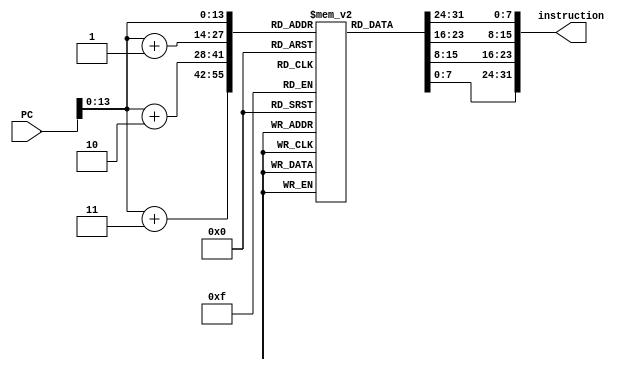
module instructionMemory(instruction, PC);

	integer j;
	input [31:0]PC;
	output [31:0]instruction;
	reg [7:0] mem [16383:0];
	wire [31:0]instruction;
	initial begin
			// SOME softwares would have a 5000 limit on for loop.
			// You can break this into multiple loops or initialize several locations in parallel
			for (j = 0; j<16384; j = j + 1)   // 16 K Memory
				begin
					mem[j] <= 8'b0;
				end		
				
			// ******************************************************	
			///Test Case 1: Load Operations 
			// ****************************************************** 
			//lw $t0 0($0)
			//lw $t1,4($0)
			//lw $t2,8($0)
			//lw $t3,12($0)
			//lw $t4,16($0)
			//lw $t5,20($0)
			//lw $t6,24($0)
			//lw $t7,28($0)
			
				
			mem[100] <= 'h48;
			mem[101] <= 'h08;
			mem[102] <= 'h00;
			mem[103] <= 'h00;
			
			mem[104] <= 'h48;
			mem[105] <= 'h09;
			mem[106] <= 'h00;
			mem[107] <= 'h04;
			
			mem[108] <= 'h48;
			mem[109] <= 'h0a;
			mem[110] <= 'h00;
			mem[111] <= 'h08;
			
			mem[112] <= 'h48;
			mem[113] <= 'h0b;
			mem[114] <= 'h00;
			mem[115] <= 'h0c;
			
			mem[116] <= 'h48;
			mem[117] <= 'h0c;
			mem[118] <= 'h00;
			mem[119] <= 'h10;
			
			mem[120] <= 'h48;
			mem[121] <= 'h0d;
			mem[122] <= 'h00;
			mem[123] <= 'h14;
			
			mem[124] <= 'h48;
			mem[125] <= 'h0e;
			mem[126] <= 'h00;
			mem[127] <= 'h18;
			
			mem[128] <= 'h48;
			mem[129] <= 'h0f;
			mem[130] <= 'h00;
			mem[131] <= 'h1c;
			
			// ******************************************************	
			///Test Case 2: Arithematic operations - No Forwarding
			// ****************************************************** 
			//addi $s1,$0,5 s1 = 5
			//addi $s2,$0,10 s2 = 10
			//addi $s3,$0,3 s3 = 3
			//addi $s4,$0,2	s4 = 2
			//add  $s5,$s1,$s2 s5 = 5 + 10 = 15
			//sub  $s6,$s1,$s3 s6 = 3 - 5 = 2
			mem[200] <= 'h24;
			mem[201] <= 'h13;
			mem[202] <= 'h00;
			mem[203] <= 'h05;
			
			mem[204] <= 'h24;
			mem[205] <= 'h14;
			mem[206] <= 'h00;
			mem[207] <= 'h0a;
			
			mem[208] <= 'h24;
			mem[209] <= 'h15;
			mem[210] <= 'h00;
			mem[211] <= 'h03;
			
			mem[212] <= 'h24;
			mem[213] <= 'h16;
			mem[214] <= 'h00;
			mem[215] <= 'h02;
			
			mem[216] <= 'h0e;
			mem[217] <= 'h74;
			mem[218] <= 'hb8;
			mem[219] <= 'h20;
			
			mem[220] <= 'h0e;
			mem[221] <= 'h75;
			mem[222] <= 'hc0;
			mem[223] <= 'h24;			

			// ******************************************************	
			///Test Case 3: Logical Operations - No Forwarding
			// ****************************************************** 
			//addi $s1,$0,15
			//addi $s2,$0,10
			//addi $s3,$0,3
			//addi $s4,$0,2			
			//and  $s5,$s1,$s2
			//or   $s6,$s2,$s3
			mem[300] <= 'h24;
			mem[301] <= 'h13;
			mem[302] <= 'h00;
			mem[303] <= 'h0f;
			
			mem[304] <= 'h24;
			mem[305] <= 'h14;
			mem[306] <= 'h00;
			mem[307] <= 'h0a;
			
			mem[308] <= 'h24;
			mem[309] <= 'h15;
			mem[310] <= 'h00;
			mem[311] <= 'h03;
			
			mem[312] <= 'h24;
			mem[313] <= 'h16;
			mem[314] <= 'h00;
			mem[315] <= 'h02;
			
			mem[316] <= 'h0e;
			mem[317] <= 'h74;
			mem[318] <= 'hb8;
			mem[319] <= 'h14;
			
			mem[320] <= 'h0e;
			mem[321] <= 'h95;
			mem[322] <= 'hc0;
			mem[323] <= 'h25;

			// ******************************************************	
			///Test Case 4: Store Operation
			// ****************************************************** 
			//addi $s1,$0,15
			//addi $s2,$0,10
			//addi $s3,$0,3
			//sw   $s1,100($0)			
			//addi $s1,$0,0
			//addi $s2,$0,10			
			//lw   $s3,100($0)						

			mem[400] <= 'h24;
			mem[401] <= 'h13;
			mem[402] <= 'h00;
			mem[403] <= 'h0f;
			
			mem[404] <= 'h24;
			mem[405] <= 'h14;
			mem[406] <= 'h00;
			mem[407] <= 'h0a;
			
			mem[408] <= 'h24;
			mem[409] <= 'h15;
			mem[410] <= 'h00;
			mem[411] <= 'h03;
			
			mem[412] <= 'hac;
			mem[413] <= 'h13;
			mem[414] <= 'h00;
			mem[415] <= 'h64;
			
			mem[416] <= 'h24;
			mem[417] <= 'h13;
			mem[418] <= 'h00;
			mem[419] <= 'h00;
			
			mem[420] <= 'h24;
			mem[421] <= 'h14;
			mem[422] <= 'h00;
			mem[423] <= 'h0a;
			
			mem[424] <= 'h48;
			mem[425] <= 'h15;
			mem[426] <= 'h00;
			mem[427] <= 'h64;			
			
			// ******************************************************	
			///Test Case 5: Branch Equal - Not Taken
			// ****************************************************** 
			//addi $s1,$0,15
			//addi $s2,$0,10
			//addi $s3,$0,3
			//addi $s4,$0,2			
			//beq  $s1,$s2,-5
			//addi $s1,$0,30
			//addi $s2,$0,20
			//addi $s3,$0,6
			//addi $s3,$0,6
			//addi $s3,$0,6						
		
			mem[500] <= 'h24;
			mem[501] <= 'h13;
			mem[502] <= 'h00;
			mem[503] <= 'h0f;
			
			mem[504] <= 'h24;
			mem[505] <= 'h14;
			mem[506] <= 'h00;
			mem[507] <= 'h0a;
					
			mem[508] <= 'h24;
			mem[509] <= 'h15;
			mem[510] <= 'h00;
			mem[511] <= 'h03;
					
			mem[512] <= 'h24;
			mem[513] <= 'h16;
			mem[514] <= 'h00;
			mem[515] <= 'h02;
			
			// BEQ
			mem[516] <= 'h16;
			mem[517] <= 'h74;
			mem[518] <= 'hff;
			mem[519] <= 'hfb;
			
			mem[520] <= 'h24;
			mem[521] <= 'h13;
			mem[522] <= 'h00;
			mem[523] <= 'h1e;
					
			mem[524] <= 'h24;
			mem[525] <= 'h14;
			mem[526] <= 'h00;
			mem[527] <= 'h14;
					
			mem[528] <= 'h24;
			mem[529] <= 'h15;
			mem[530] <= 'h00;
			mem[531] <= 'h06;			
			
			mem[532] <= 'h24;
			mem[533] <= 'h15;
			mem[534] <= 'h00;
			mem[535] <= 'h06;
					
			mem[536] <= 'h24;
			mem[537] <= 'h15;
			mem[538] <= 'h00;
			mem[539] <= 'h06;	
		

			// ******************************************************	
			///Test Case 6: ALU-ALU FWD 
			// ****************************************************** 
			//addi $s1,$0,15
			//addi $s2,$0,10
			//addi $s3,$0,3
			//add  $s4,$s1,$s2		15 + 10	
			//add  $s5,$s4,$s3      25 + 3
			
			mem[600] <= 'h24;
			mem[601] <= 'h13;
			mem[602] <= 'h00;
			mem[603] <= 'h0f;
			
			mem[604] <= 'h24;
			mem[605] <= 'h14;
			mem[606] <= 'h00;
			mem[607] <= 'h0a;
			
			mem[608] <= 'h24;
			mem[609] <= 'h15;
			mem[610] <= 'h00;
			mem[611] <= 'h03;
			
			mem[612] <= 'h0e;
			mem[613] <= 'h74;
			mem[614] <= 'hb0;
			mem[615] <= 'h20;
			
			mem[616] <= 'h0e;
			mem[617] <= 'hd5;
			mem[618] <= 'hb8;
			mem[619] <= 'h20;




			// ******************************************************	
			///Test Case 7: Branch Equal - Taken
			// ****************************************************** 
			//addi $s1,$0,15
			//addi $s2,$0,10
			//addi $s3,$0,3
			//addi $s4,$0,2			
			//beq  $0,$0,-5
			//addi $s1,$0,30
			//addi $s2,$0,20
			//addi $s3,$0,6
			//addi $s3,$0,6
			//addi $s3,$0,6						
		
			mem[700] <= 'h24;
			mem[701] <= 'h13;
			mem[702] <= 'h00;
			mem[703] <= 'h0f;
			
			mem[704] <= 'h24;
			mem[705] <= 'h14;
			mem[706] <= 'h00;
			mem[707] <= 'h0a;
					
			mem[708] <= 'h24;
			mem[709] <= 'h15;
			mem[710] <= 'h00;
			mem[711] <= 'h03;
					
			mem[712] <= 'h24;
			mem[713] <= 'h16;
			mem[714] <= 'h00;
			mem[715] <= 'h02;
			
			// BEQ
			mem[716] <= 'h14;
			mem[717] <= 'h00;
			mem[718] <= 'hff;
			mem[719] <= 'hfb;
			
			mem[720] <= 'h24;
			mem[721] <= 'h13;
			mem[722] <= 'h00;
			mem[723] <= 'h1e;
					
			mem[724] <= 'h24;
			mem[725] <= 'h14;
			mem[726] <= 'h00;
			mem[727] <= 'h14;
					
			mem[728] <= 'h24;
			mem[729] <= 'h15;
			mem[730] <= 'h00;
			mem[731] <= 'h06;			
			
			mem[732] <= 'h24;
			mem[733] <= 'h15;
			mem[734] <= 'h00;
			mem[735] <= 'h06;
					
			mem[736] <= 'h24;
			mem[737] <= 'h15;
			mem[738] <= 'h00;
			mem[739] <= 'h06;
			


			// ******************************************************	
			///Test Case 8: Load-Use followed by ALU-ALU forwarding (should stall then forward)
			// ****************************************************** 
			
			//lw $t0 0($0)
			//addi $s1 $t0 6
			//add $s2 $s1 $s1

			// lw $t0 0($0)
			mem[800] <= 8'b01001000;
			mem[801] <= 8'b00001000;
			mem[802] <= 8'b00000000;
			mem[803] <= 8'b00000000;

			// addi $s1 $t0 6
			mem[804] <= 8'b00100101;
			mem[805] <= 8'b00010011;
			mem[806] <= 8'b00000000;
			mem[807] <= 8'b00000110;

			// add $s2 $s1 $s1
			mem[808] <= 8'b00001110;
			mem[809] <= 8'b01110011;
			mem[810] <= 8'b10100000;
			mem[811] <= 8'b00100000;


			// ******************************************************	
			///Test Case 9: Load-Use followed by MEM-ALU forwarding (should stall then forward)
			// ****************************************************** 

			//lw $t0 0($0)
			//addi $s1 $t0 6
			//add $s2 $s0 $s0
			//add $s2 $s1 $s1
			
			// lw $t0 0($0)
			mem[900] <= 8'b01001000;
			mem[901] <= 8'b00001000;
			mem[902] <= 8'b00000000;
			mem[903] <= 8'b00000000;

			// addi $s1 $t0 6
			mem[904] <= 8'b00100101;
			mem[905] <= 8'b00010011;
			mem[906] <= 8'b00000000;
			mem[907] <= 8'b00000110;

			// add $s2 $s0 $s0
			mem[908] <= 8'b00001110;
			mem[909] <= 8'b01010010;
			mem[910] <= 8'b10100000;
			mem[911] <= 8'b00100000;

			// add $s2 $s1 $s1
			mem[912] <= 8'b00001110;
			mem[913] <= 8'b01110011;
			mem[914] <= 8'b10100000;
			mem[915] <= 8'b00100000;




			// ******************************************************	
			///Test Case 10: Jump instruction with load-use stall before jump
			// ****************************************************** 

			//lw $t0 0($0) 4 
			//addi $s1 $t0 6
			//j 266
			//addi $s1 $0 404
	
			//[1064] add $s1 $s1 $s1

			// lw $t0 0($0)
			mem[1000] <= 8'b01001000;
			mem[1001] <= 8'b00001000;
			mem[1002] <= 8'b00000000;
			mem[1003] <= 8'b00000000;

			// addi $s1 $t0 6
			mem[1004] <= 8'b00100101;
			mem[1005] <= 8'b00010011;
			mem[1006] <= 8'b00000000;
			mem[1007] <= 8'b00000110;

			// j 266
			mem[1008] <= 8'b00001000;
			mem[1009] <= 8'b00000000;
			mem[1010] <= 8'b00000001;
			mem[1011] <= 8'b00001010;

			// addi $s1 $0 404
			mem[1012] <= 8'b00100100;
			mem[1013] <= 8'b00010011;
			mem[1014] <= 8'b00000001;
			mem[1015] <= 8'b10010100;

			// [1064] add $s1 $s1 $s1
			mem[1064] <= 8'b00001110;
			mem[1065] <= 8'b01110011;
			mem[1066] <= 8'b10011000;
			mem[1067] <= 8'b00100000;




			// ******************************************************	
			///Test Case 11: Multiply and Move from LO
			// ****************************************************** 


			//lw $t0,0($0) // 4
			mem[1100] <= 'h48;
			mem[1101] <= 'h08;
			mem[1102] <= 'h00;
			mem[1103] <= 'h00;

			//lw $t1,4($0) // 8
			mem[1104] <= 'h48;
			mem[1105] <= 'h09;
			mem[1106] <= 'h00;
			mem[1107] <= 'h04;

			// add $0 $0 $0 (Stalling instruction )
			mem[1108] <= 8'b00001100;
			mem[1109] <= 8'b00000000;
			mem[1110] <= 8'b00000000;
			mem[1111] <= 8'b00100000;

			// mult $t0 $t1 
			mem[1112] <= 8'b00001101;
			mem[1113] <= 8'b00101000;
			mem[1114] <= 8'b00000000;
			mem[1115] <= 8'b00011001;

			// mflo $t2
			mem[1116] <= 8'b00001101;
			mem[1117] <= 8'b01001010;
			mem[1118] <= 8'b01010000;
			mem[1119] <= 8'b00010010;






			// ******************************************************	
			///Test Case 12: Floating point test
			// ****************************************************** 

			//lwc1 $t0 35($0)
			//lwc1 $t1 39($0)
			//add $0 $0 $0
			//add $0 $0 $0
			//add $0 $0 $0
			//add.s $t2 $t0 $t1

			// lwc1 $t0 $0 35
			mem[1200] <= 8'b11000100;
			mem[1201] <= 8'b00001000;
			mem[1202] <= 8'b00000000;
			mem[1203] <= 8'b00100011;

			// lwc1 $t1 $0 39
			mem[1204] <= 8'b11000100;
			mem[1205] <= 8'b00001001;
			mem[1206] <= 8'b00000000;
			mem[1207] <= 8'b00100111;

			// add $0 $0 $0
			mem[1208] <= 8'b00001100;
			mem[1209] <= 8'b00000000;
			mem[1210] <= 8'b00000000;
			mem[1211] <= 8'b00100000;

			// add $0 $0 $0
			mem[1212] <= 8'b00001100;
			mem[1213] <= 8'b00000000;
			mem[1214] <= 8'b00000000;
			mem[1215] <= 8'b00100000;

			// add $0 $0 $0
			mem[1216] <= 8'b00001100;
			mem[1217] <= 8'b00000000;
			mem[1218] <= 8'b00000000;
			mem[1219] <= 8'b00100000;

			// add.s $t2 $t0 $t1
			mem[1220] <= 8'b01000110;
			mem[1221] <= 8'b00001001;
			mem[1222] <= 8'b01000010;
			mem[1223] <= 8'b10000000;



						
	end	 
   assign instruction = {mem[PC],mem[PC+1],mem[PC+2],mem[PC+3]}; 
endmodule